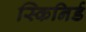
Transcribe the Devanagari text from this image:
स्किनिर्ड